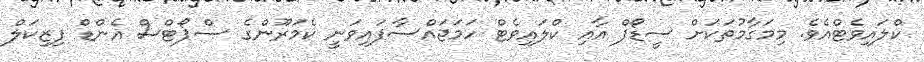
ކްލައިވެޓްއެވެ. މިމަގާމުތަކަށް ސީޑޯފް އާއި ކްލައިވެޓް ހަމަޖައްސާފައިވަނީ ކެމަރޫންގެ ސްޕޯޓްސް އެންޑް ފިޒިކަލް